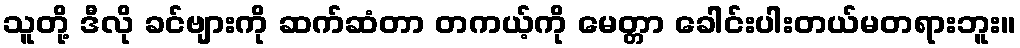
သူတို့ ဒီလို ခင်ဗျားကို ဆက်ဆံတာ တကယ့်ကို မေတ္တာ ခေါင်းပါးတယ်မတရားဘူး။